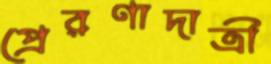
প্রেরণাদাত্রী